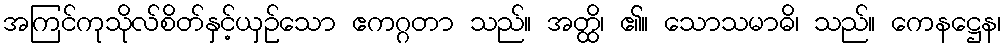
အကြင်ကုသိုလ်စိတ်နှင့်ယှဉ်သော ဧကဂ္ဂတာ သည်။ အတ္ထိ၊ ၏။ သောသမာဓိ၊ သည်။ ကေနဋ္ဌေန၊